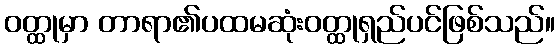
ဝတ္ထုမှာ တာရာ၏ပထမဆုံးဝတ္ထုရှည်ပင်ဖြစ်သည်။